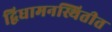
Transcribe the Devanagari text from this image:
द्विधामनस्थितीत